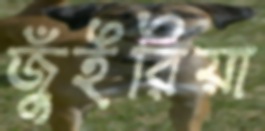
জুঁইরিয়া